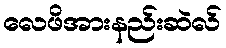
လေဖိအားနည်းဆဲလ်